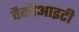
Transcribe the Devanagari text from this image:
वैकौआइटी